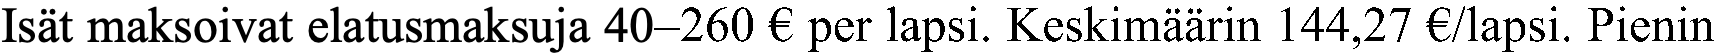
Isät maksoivat elatusmaksuja 40–260 € per lapsi. Keskimäärin 144,27 €/lapsi. Pienin